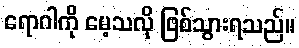
ရောဂါကို မေ့သလို ဖြစ်သွားရသည်။